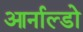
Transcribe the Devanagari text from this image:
आर्नाल्डो